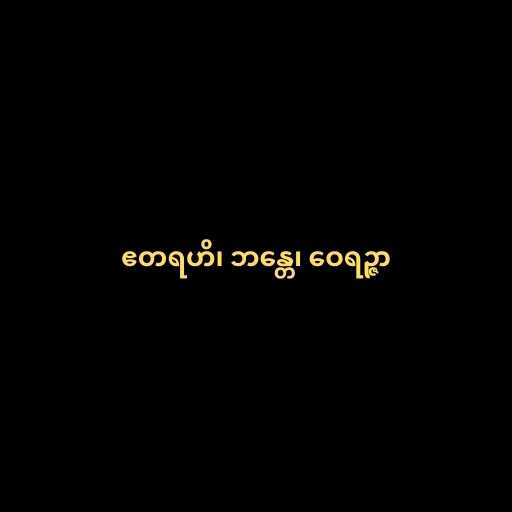
ဧတရဟိ၊ ဘန္တေ၊ ဝေရဉ္ဇာ